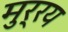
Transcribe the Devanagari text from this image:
मुर्रय